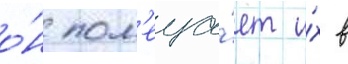
о́н пом'еща́ет и́х в